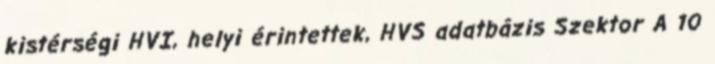
kistérségi HVI, helyi érintettek, HVS adatbázis Szektor A 10